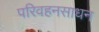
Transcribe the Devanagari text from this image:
परिवहनसाधन